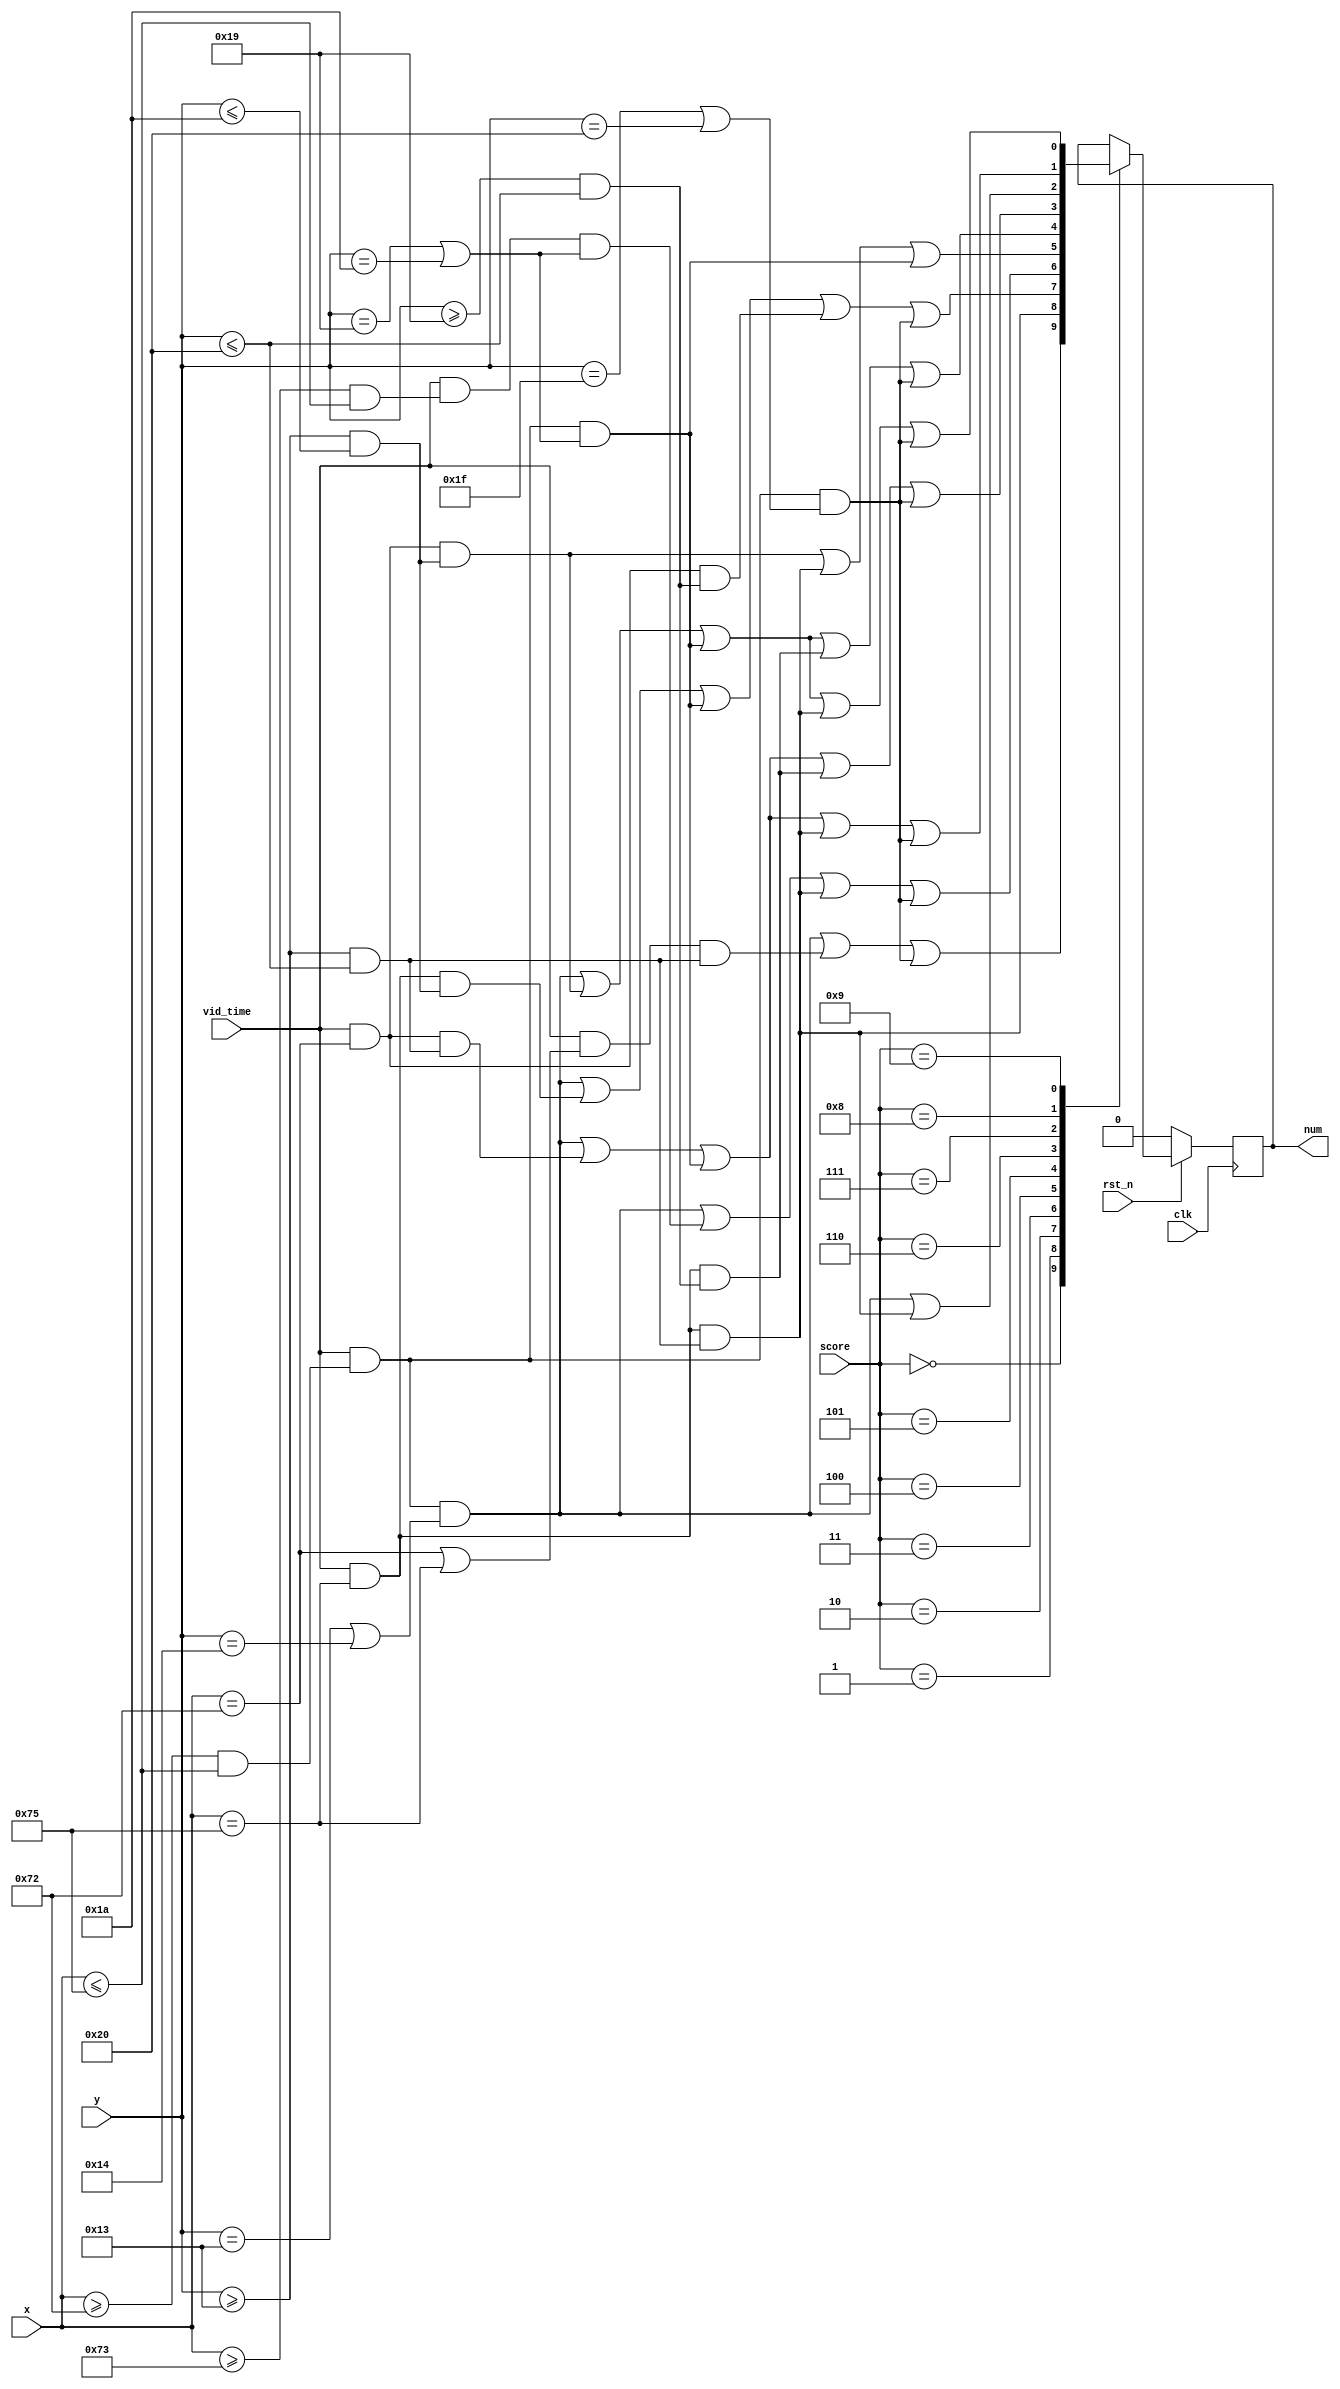
module vid_score #(parameter POSITION = 114 )
                  (clk,
                   rst_n,
                   score,
                   vid_time,
                   x,
                   y,
                   num 
                  );
localparam NUM_LOW = POSITION;
localparam NUM_HI  = POSITION+3;
input            clk;
input            rst_n;
input  wire[3:0] score;
input  wire      vid_time;
input  wire[8:0] x;
input  wire[7:0] y;
output reg       num;
always @(posedge clk) begin
   if(~rst_n) begin
      num <= 0;    
   end else begin
      case(score)
          0: begin
                num <= (vid_time==1 && (x>=NUM_LOW && x<=NUM_HI ) && (y==19  || y==20 ) ) ||
                        (vid_time==1 && (x==NUM_LOW || x==NUM_HI ) && (y>=19  && y<=32 ) ) ||
                        (vid_time==1 && (x>=NUM_LOW && x<=NUM_HI ) && (y==31  || y==32 ) ) ;
             end
          1: begin
                num <= (vid_time==1 && (         x==NUM_HI ) && (y>=19  && y<=32 ) ) ;
             end
          2: begin
                num <= (vid_time==1 && (x>=NUM_LOW && x<=NUM_HI ) && (y==19  || y==20 ) ) ||
                        (vid_time==1 && (x==NUM_HI          ) && (y>=19  && y<=26 ) ) ||
                        (vid_time==1 && (x>=NUM_LOW && x<=NUM_HI ) && (y==25  || y==26 ) ) ||
                        (vid_time==1 && (x==NUM_LOW          ) && (y>=25  && y<=32 ) ) ||
                        (vid_time==1 && (x>=NUM_LOW && x<=NUM_HI ) && (y==31  || y==32 ) ) ;
             end
          3: begin
                num <= (vid_time==1 && (x>=NUM_LOW    && x<=NUM_HI ) && (y==19  || y==20 ) ) ||
                       (vid_time==1 && (x>=(NUM_LOW+1) && x<=NUM_HI ) && (y==25  || y==26 ) ) ||
                       (vid_time==1 && (                   x==NUM_HI ) && (y>=19  && y<=32 ) ) ||
                       (vid_time==1 && (x>=NUM_LOW     && x<=NUM_HI ) && (y==31  || y==32 ) ) ;
             end
          4: begin
                num <= (vid_time==1 && (x==NUM_LOW          ) && (y>=19 && y<=26 ) ) ||
                       (vid_time==1 && (         x==NUM_HI ) && (y>=19 && y<=32 ) ) ||
                       (vid_time==1 && (x>=NUM_LOW && x<=NUM_HI ) && (y==25  || y==26 ) ) ;
             end
          5: begin
                num <= (vid_time==1 && (x>=NUM_LOW && x<=NUM_HI ) && (y==19  || y==20 ) ) ||
                       (vid_time==1 && (x==NUM_LOW          ) && (y>=19  && y<=26 ) ) ||
                       (vid_time==1 && (x>=NUM_LOW && x<=NUM_HI ) && (y==25  || y==26 ) ) ||
                       (vid_time==1 && (x==NUM_HI          ) && (y>=25  && y<=32 ) ) ||
                       (vid_time==1 && (x>=NUM_LOW && x<=NUM_HI ) && (y==31  || y==32 ) ) ;
             end
          6: begin
                num <= (vid_time==1 && (x>=NUM_LOW && x<=NUM_HI ) && (y==19  || y==20 ) ) ||
                       (vid_time==1 && (x==NUM_LOW          ) && (y>=19  && y<=32 ) ) ||
                       (vid_time==1 && (x>=NUM_LOW && x<=NUM_HI ) && (y==25  || y==26 ) ) ||
                       (vid_time==1 && (x==NUM_HI          ) && (y>=25  && y<=32 ) ) ||
                       (vid_time==1 && (x>=NUM_LOW && x<=NUM_HI ) && (y==31  || y==32 ) ) ;
             end
          7: begin
                num <= (vid_time==1 && (x>=NUM_LOW && x<=NUM_HI ) && (y==19  || y==20 ) ) ||
                       (vid_time==1 && (x==NUM_HI          ) && (y>=19  && y<=32 ) ) ;
             end
          8: begin
                num <= (vid_time==1 && (x>=NUM_LOW && x<=NUM_HI ) && (y==19  || y==20 ) ) ||
                       (vid_time==1 && (x==NUM_LOW          ) && (y>=19  && y<=32 ) ) ||
                       (vid_time==1 && (x>=NUM_LOW && x<=NUM_HI ) && (y==25  || y==26 ) ) ||
                       (vid_time==1 && (x==NUM_HI          ) && (y>=19  && y<=32 ) ) ||
                       (vid_time==1 && (x>=NUM_LOW && x<=NUM_HI ) && (y==31  || y==32 ) ) ;
             end
          9: begin
                num <= (vid_time==1 && (x>=NUM_LOW && x<=NUM_HI ) && (y==19  || y==20 ) ) ||
                       (vid_time==1 && (x==NUM_LOW          ) && (y>=19  && y<=26 ) ) ||
                       (vid_time==1 && (x>=NUM_LOW && x<=NUM_HI ) && (y==25  || y==26 ) ) ||
                       (vid_time==1 && (x==NUM_HI          ) && (y>=19  && y<=32 ) ) ||
                       (vid_time==1 && (x>=NUM_LOW && x<=NUM_HI ) && (y==31  || y==32 ) ) ;
             end
      endcase
   end
end
endmodule